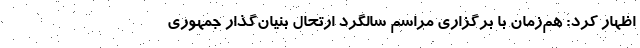
اظهار کرد: هم‌زمان با برگزاری مراسم سالگرد ارتحال بنیان‌گذار جمهوری